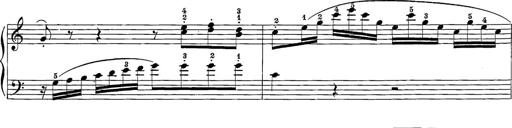
Title: 12 Sonatine per Pianoforte
Composer: Friedrich Kuhlau